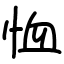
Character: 恤